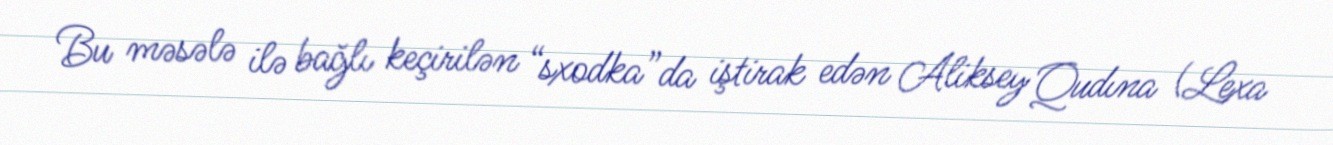
Bu məsələ ilə bağlı keçirilən “sxodka”da iştirak edən Aliksey Qudına (Lexa